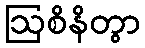
ဩစိနိတွာ